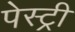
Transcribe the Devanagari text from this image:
पेस्‍ट्री